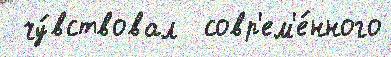
 чу́вствовал  совр'ем'е́нного